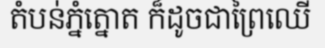
តំបន់ភ្នំត្នោត ក៏ដូចជាព្រៃឈើ